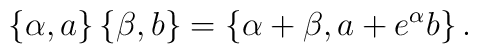
\left\{ \alpha ,a\right\} \left\{ \beta ,b\right\} =\left\{ \alpha +\beta,a+e^\alpha b\right\} .